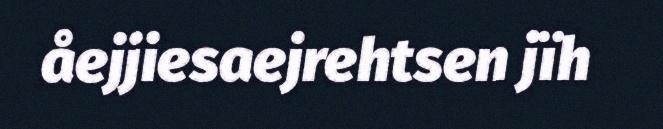
åejjiesaejrehtsen jïh